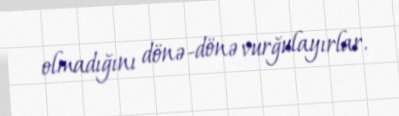
olmadığını dönə-dönə vurğulayırlar.